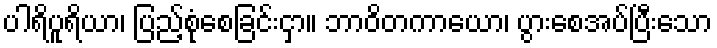
ပါရိပူရိယာ၊ ပြည့်စုံစေခြင်းငှာ။ ဘာဝိတကာယော၊ ပွားစေအပ်ပြီးသော